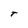
Character: T